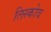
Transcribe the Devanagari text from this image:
लिस्कोव